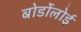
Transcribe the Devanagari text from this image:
बोर्डोलोई